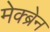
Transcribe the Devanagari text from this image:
मेक्ब्रेन